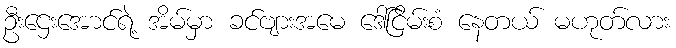
ဦးဌေးအောင်ရဲ့ အိမ်မှာ ခင်ဗျားအမေ ဒေါ်ငြိမ်းစံ နေတယ် မဟုတ်လား